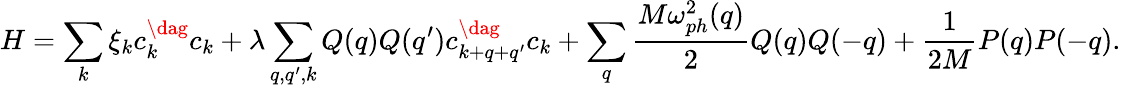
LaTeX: H=\sum_{k}\xi_{k}c_{k}^{\dag}c_{k}+\lambda\sum_{q,q^{\prime},k}Q(q)Q(q^{\prime})c_{k+q+q^{\prime}}^{\dag}c_{k}+\sum_{q}\frac{M\omega_{ph}^{2}(q)}{2}Q(q)Q(-q)+\frac{1}{2M}P(q)P(-q).